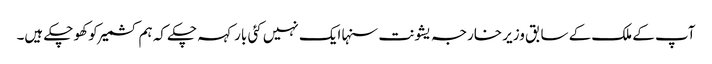
آپ کے ملک کے سابق وزیر خارجہ یشونت سنہا ایک نہیں کئی بار کہہ چکے کہ ہم کشمیر کو کھو چکے ہیں۔